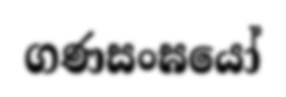
ගණසංඝයෝ